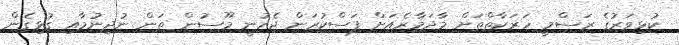
ކުޅިވަރުގެ ރަސްމީ ހަރަކާތްތަށް މާދަމާރެއަށް ފަސްކުރަން ޖެހުނީ މޫސުން ތަން ނުދިނުމާއި ގުޅިގެން